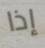
إذا